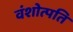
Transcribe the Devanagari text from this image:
वंशोत्पति